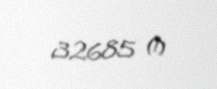
32685 ₼